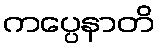
ကပ္ပေနာတိ